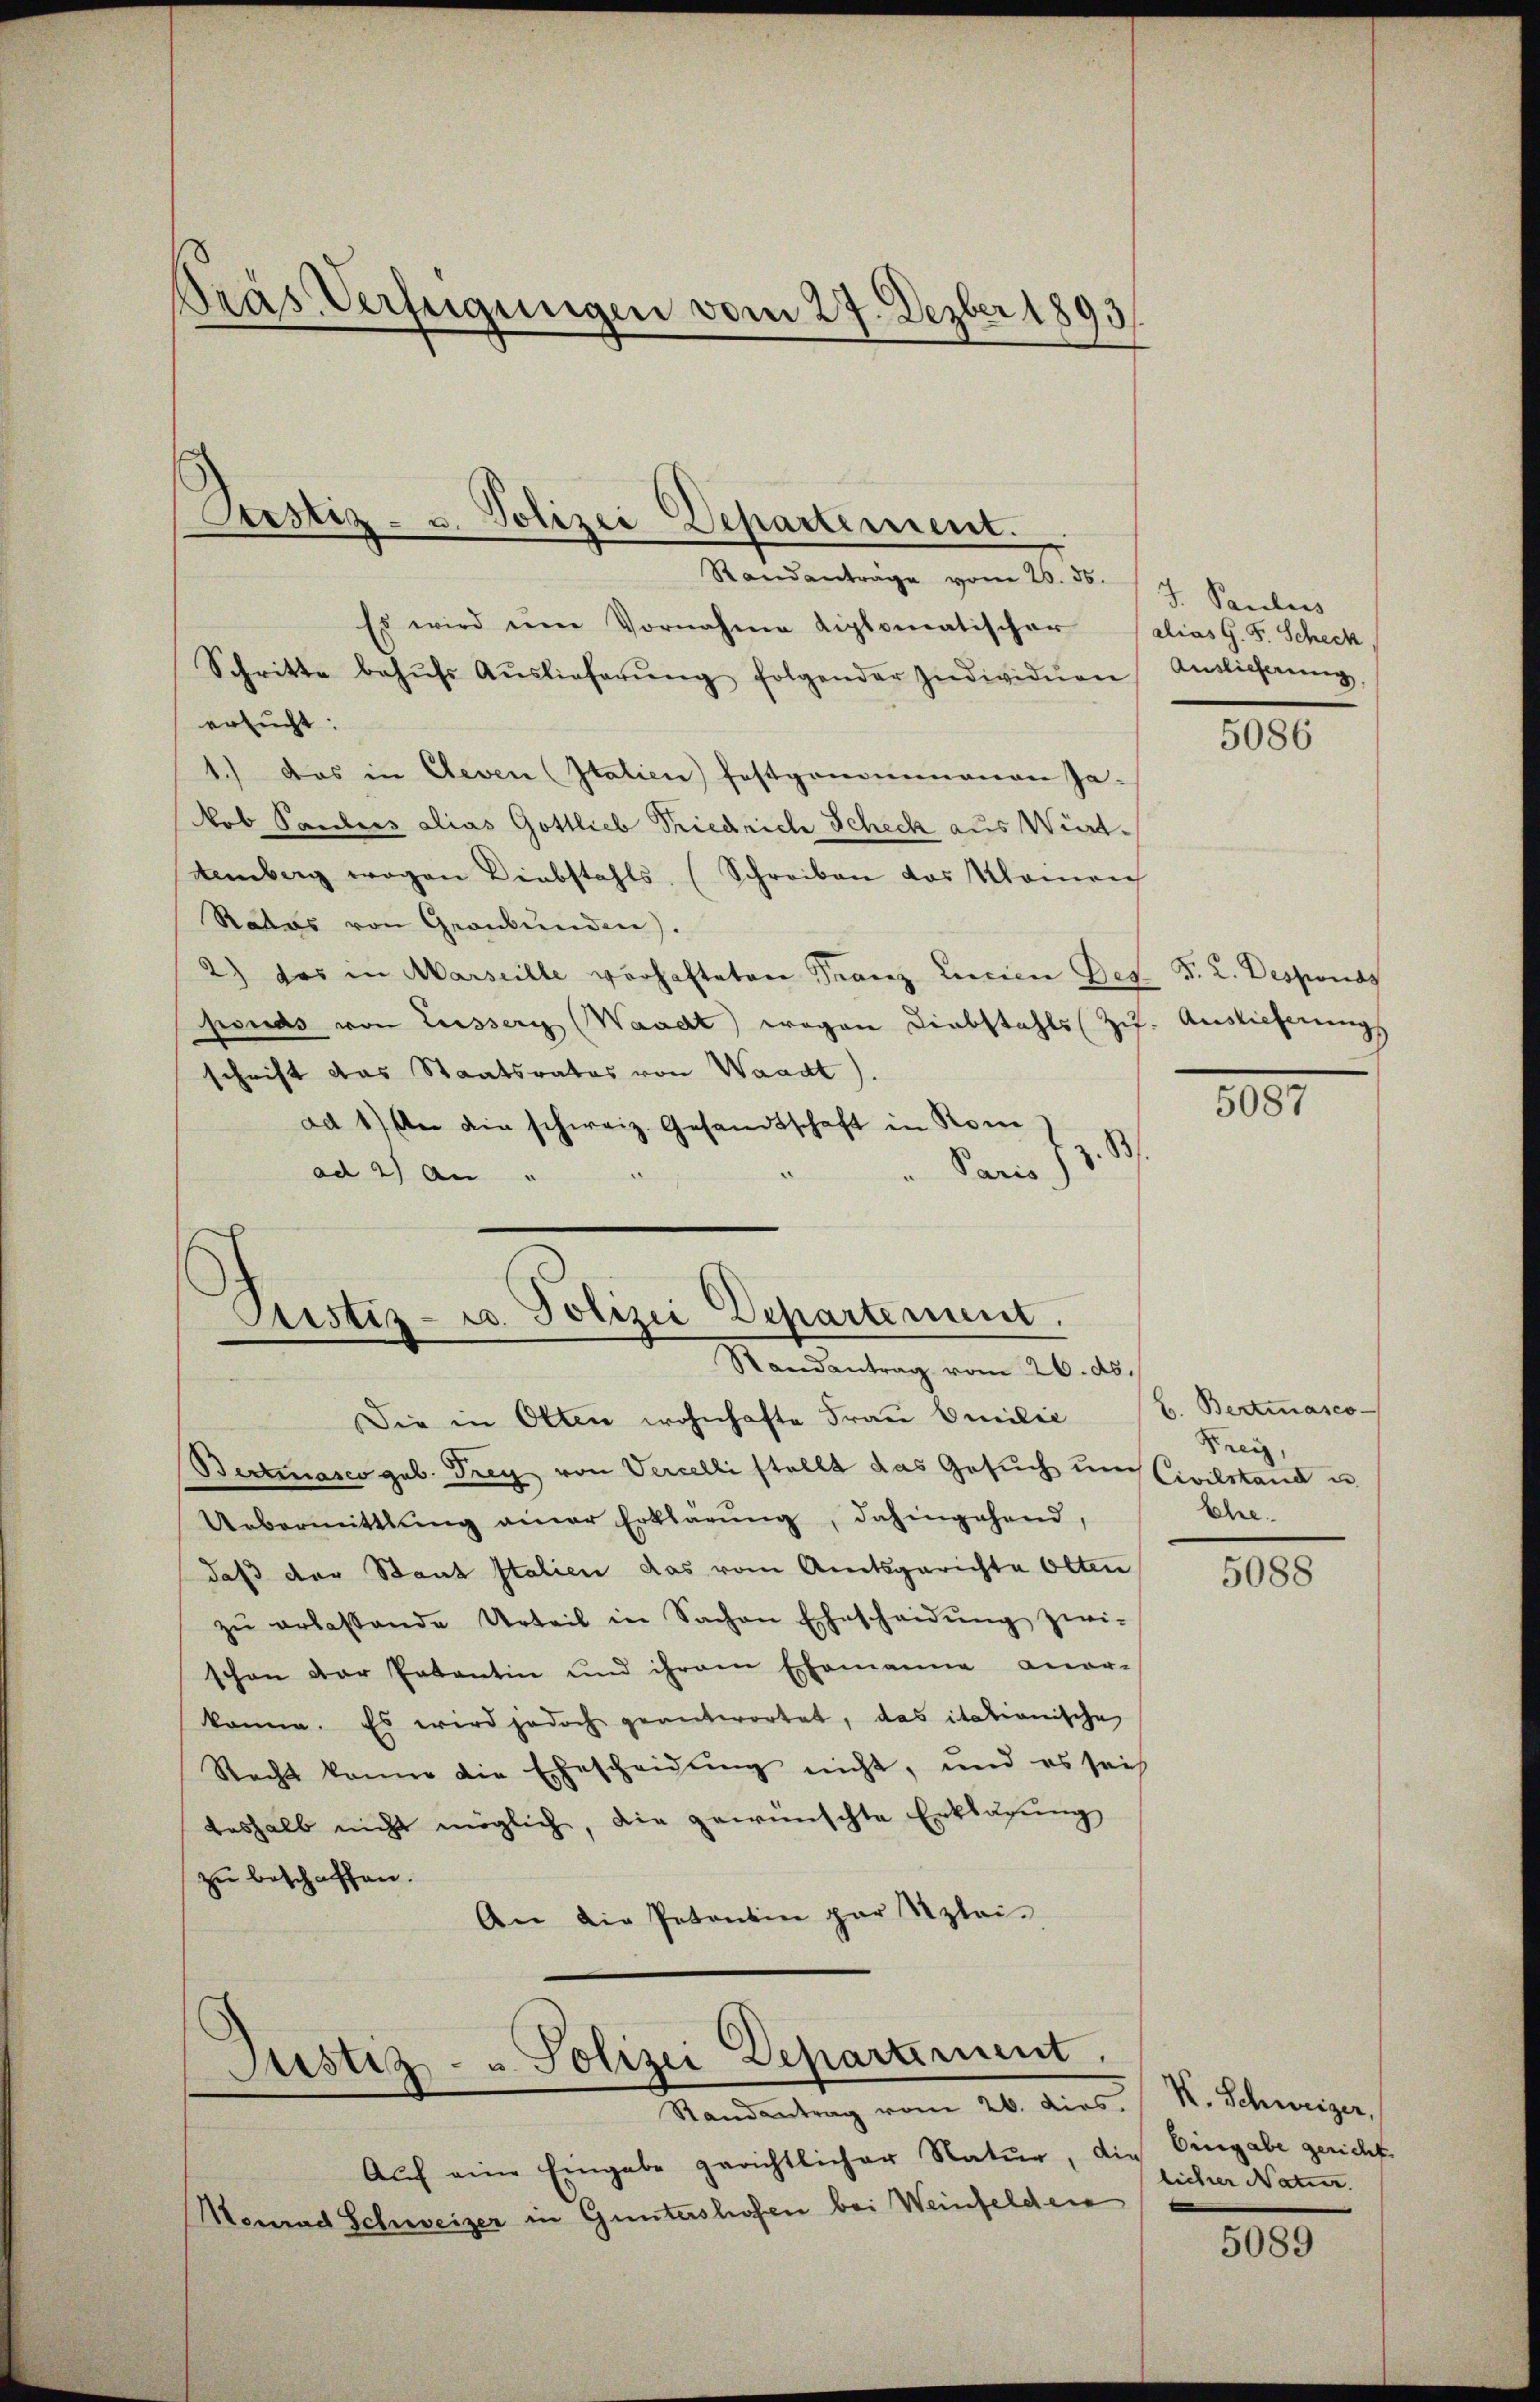
Pras Verfügungen vom 27. Dezber 1893.

Restiz- u. Polizei Departement.

Randanträge vom 26. ds. 17. Seebers
Es wird ŭm Vornahme diplomatischer
Schritte behŭfs Aŭslieferŭng folgender Individuen
ersucht:
1.) Das in Cleven (statien festgenommenen Jakob Sauders alias Gottlieb Friedrich Scheck aus Württemberg wegen Liebstahls (Schreiben das Momen
Rates von Graubünden).
2) das in Marseille verhafteten Franz Linien Ges. v. 2. Desponds
pouds von Lussers (Waadt wegen Diebstahls (Zif. Auslieferungs
schrift das Staatsrates von Waadt).
ad 1) An die schweiz. Gesandtschaft in Rom
Dan. 188
ad 2) An "

Justiz- u. Polizei Departement.
Randantrag vom 26. ds.

Die in Otten wohnhafte Frau Emilie
Beckenasco geb. Frey von Vercelli stellt das Gesuch und Civilstand u
Uebermittlung einer Erklärung, dahingehend,
daß der Staat Italien das vom Amtsgerichte Olten
zŭ erlassende Urteil in Sachen Ehescheidŭng zwi-
schen der Entantin und ihrem Ehemanne aner-
könne. Es wird jedoch geantwortet, das itationische
Recht kann die Ehescheidung nicht, und es sei
teshalb nicht möglich, die gewünschte Erklärung
zu beschaffen.
An die Petentin par Klei¬

Justiz- u. Polizei Departement.
Randantrag vom 26. dies
Auch eine Eingabe gerichtlicher Natur, die
Heurad Schweizer in Guntershofen bei Weinfelden

alias G. F. Scheck
Auslieferung,

5086

5087

L. Bertinasco
Kreiz,
Ehe.

5088

V. Schweizer,
Eingabe gericht.
licher Natier.

5089